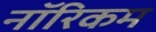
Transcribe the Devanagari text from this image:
नॉरिकम